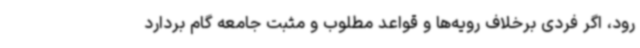
رود، اگر فردی برخلاف رویه‌ها و قواعد مطلوب و مثبت جامعه گام بردارد